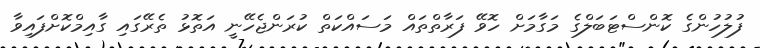
ފުލުހުންގެ ކޮންސްޓަބަލްގެ މަގާމަށް ހޮވޭ ފަރާތްތައް މަސައްކަތް ކުރަންޖެހޭނީ އަތޮޅު ތެރޭގައި ގާއިމްކޮށްފައިވާ